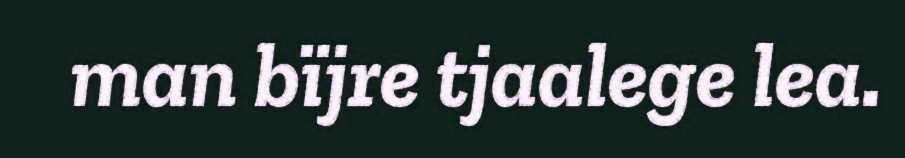
man bïjre tjaalege lea.